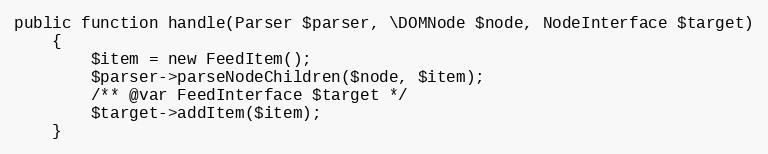
Language: PHP
public function handle(Parser $parser, \DOMNode $node, NodeInterface $target)
    {
        $item = new FeedItem();
        $parser->parseNodeChildren($node, $item);
        /** @var FeedInterface $target */
        $target->addItem($item);
    }